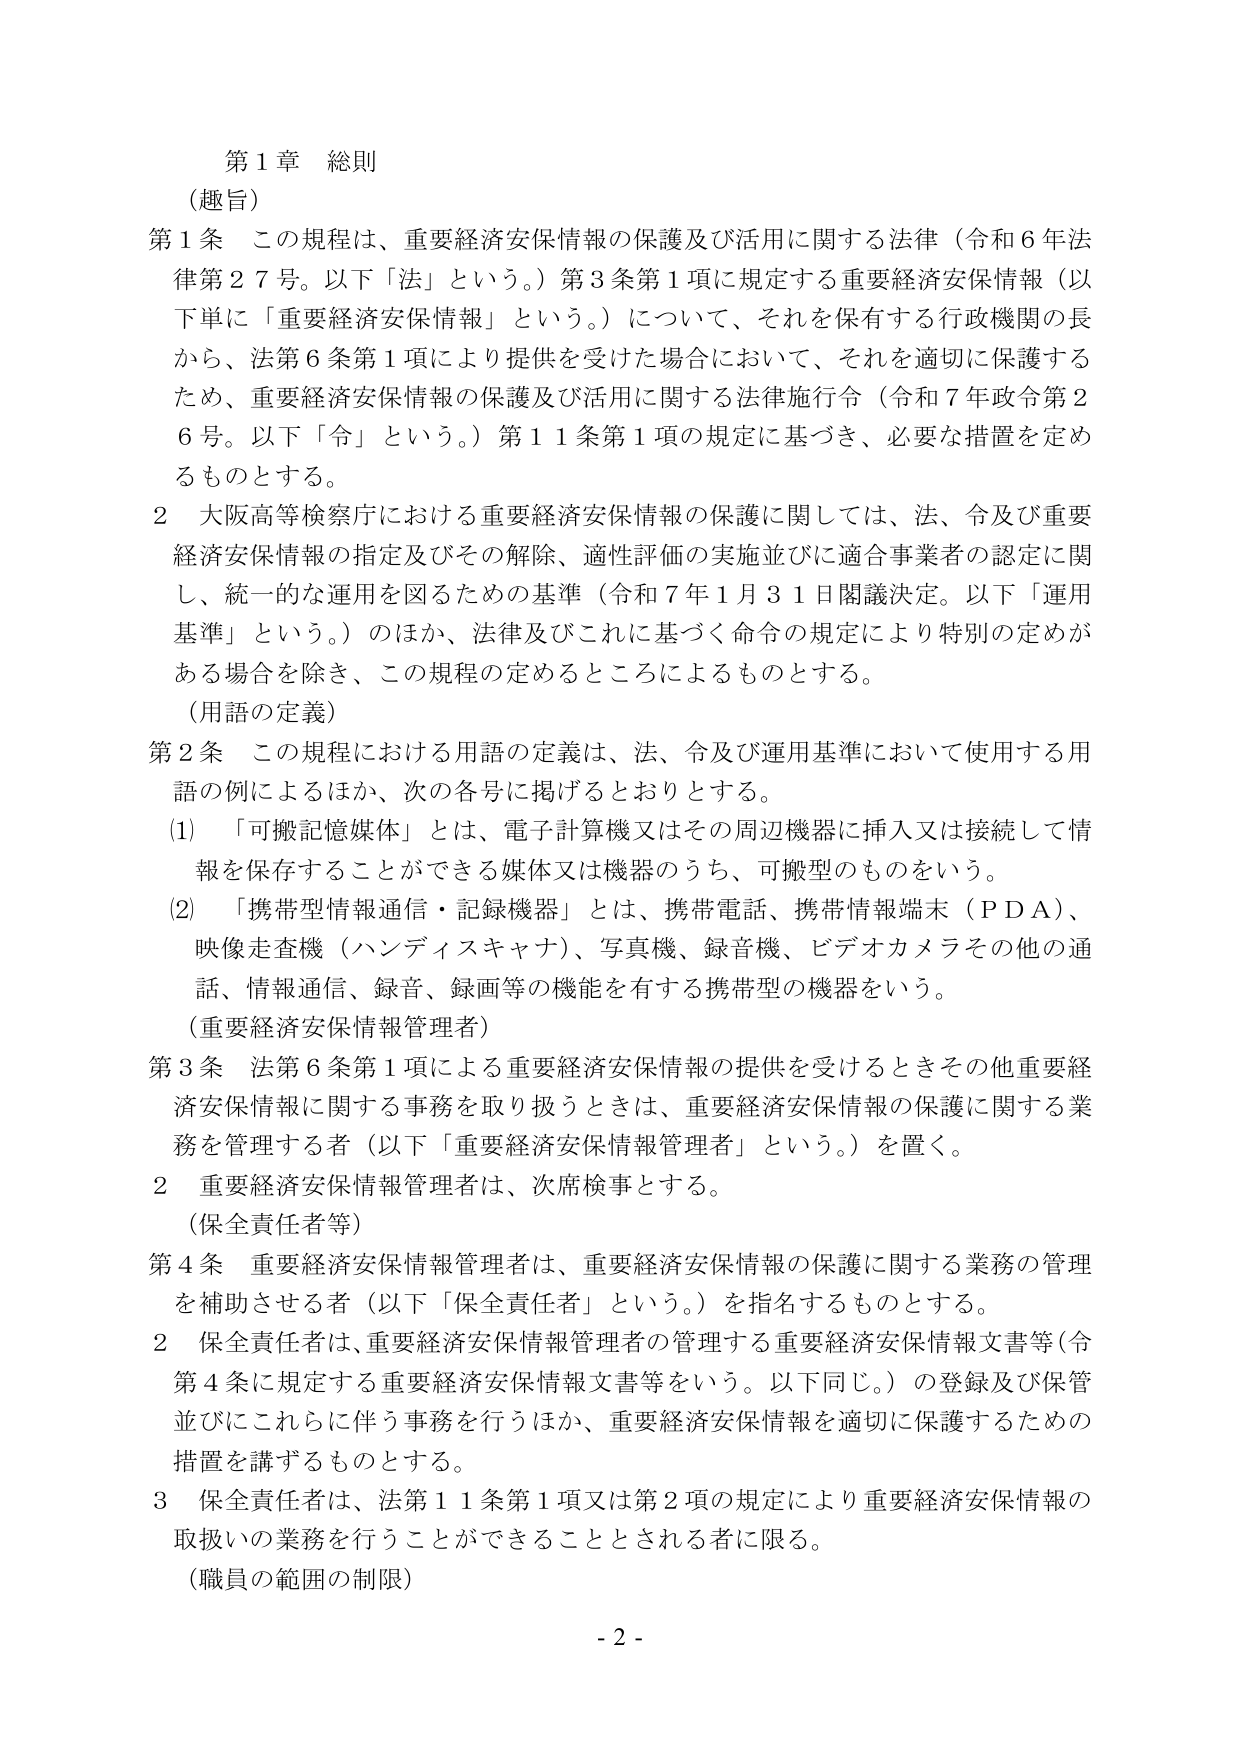
第１章 総則
（趣旨）
第１条 この規程は、重要経済安保情報の保護及び活用に関する法律（令和６年法律第２７号。以下「法」という。）第３条第１項に規定する重要経済安保情報（以下単に「重要経済安保情報」という。）について、それを保有する行政機関の長から、法第６条第１項により提供を受けた場合において、それを適切に保護するため、重要経済安保情報の保護及び活用に関する法律施行令（令和７年政令第２６号。以下「令」という。）第１１条第１項の規定に基づき、必要な措置を定めるものとする。
２ 大阪高等検察庁における重要経済安保情報の保護に関しては、法、令及び重要経済安保情報の指定及びその解除、適性評価の実施並びに適合事業者の認定に関し、統一的な運用を図るための基準（令和７年１月３１日閣議決定。以下「運用基準」という。）のほか、法律及びこれに基づく命令の規定により特別の定めがある場合を除き、この規程の定めるところによるものとする。
（用語の定義）
第２条 この規程における用語の定義は、法、令及び運用基準において使用する用語の例によるほか、次の各号に掲げるとおりとする。
(1) 「可搬記憶媒体」とは、電子計算機又はその周辺機器に挿入又は接続して情報を保存することができる媒体又は機器のうち、可搬型のものをいう。
(2) 「携帯型情報通信・記録機器」とは、携帯電話、携帯情報端末（ＰＤＡ）、映像走査機（ハンディスキャナ）、写真機、録音機、ビデオカメラその他の通話、情報通信、録音、録画等の機能を有する携帯型の機器をいう。
（重要経済安保情報管理者）
第３条 法第６条第１項による重要経済安保情報の提供を受けるときその他重要経済安保情報に関する事務を取り扱うときは、重要経済安保情報の保護に関する業務を管理する者（以下「重要経済安保情報管理者」という。）を置く。
２ 重要経済安保情報管理者は、次席検事とする。
（保全責任者等）
第４条 重要経済安保情報管理者は、重要経済安保情報の保護に関する業務の管理を補助させる者（以下「保全責任者」という。）を指名するものとする。
２ 保全責任者は、重要経済安保情報管理者の管理する重要経済安保情報文書等（令第４条に規定する重要経済安保情報文書等をいう。以下同じ。）の登録及び保管並びにこれらに伴う事務を行うほか、重要経済安保情報を適切に保護するための措置を講ずるものとする。
３ 保全責任者は、法第１１条第１項又は第２項の規定により重要経済安保情報の取扱いの業務を行うことができる者とされる者に限る。
（職員の範囲の制限）
- 2 -